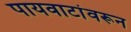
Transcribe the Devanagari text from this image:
पायवाटांवरून